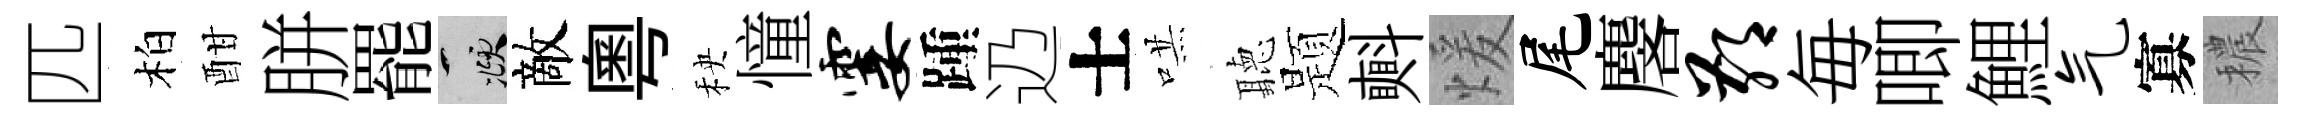
匹柏酣胼罷頫敵粤秧憧霎踵辸士哄聽题㪺煖尾麐鄙毎唧鯉气寡穠